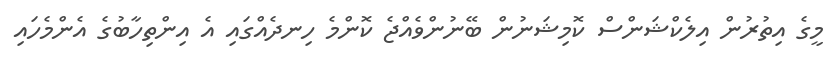
މީގެ އިތުރުން އިލެކްޝަންސް ކޮމިޝަނުން ބޭނުންވެއްޖެ ކޮންމެ ހިނދެއްގައި އެ އިންތިހާބުގެ އެންމެހައި